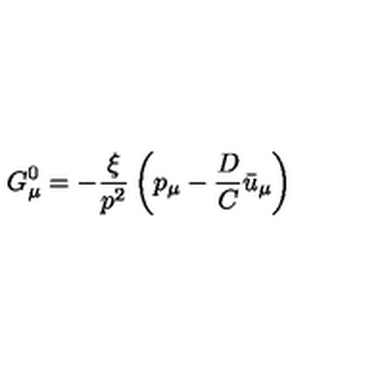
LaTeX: G _ { \mu } ^ { 0 } = - { \frac { \xi } { p ^ { 2 } } } \left( p _ { \mu } - { \frac { D } { C } } \bar { u } _ { \mu } \right)